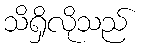
သိရှိလိုသည်